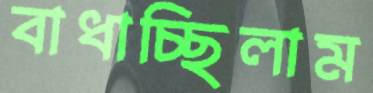
বাধাচ্ছিলাম